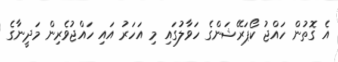
އެ ގޮތުން ހައްޖު ކޯޕަރޭޝަންގެ ހަވާލުގައި މި އަހަރު އައި ހައްޖުވެރިން މަދީނާގެ